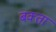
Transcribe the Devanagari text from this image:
बक्‍ता